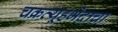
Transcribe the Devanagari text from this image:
चक्रव्यूहभेदाचा